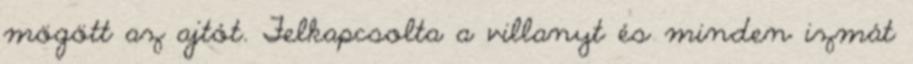
mögött az ajtót. Felkapcsolta a villanyt és minden izmát